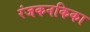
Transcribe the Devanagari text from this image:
रंजकनकिका